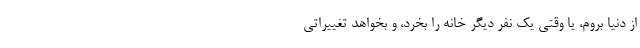
از دنیا بروم، یا وقتی یک نفر دیگر خانه را بخرد، و بخواهد تغییراتی